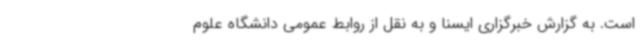
است. به گزارش خبرگزاری ایسنا و به نقل از روابط عمومی دانشگاه علوم